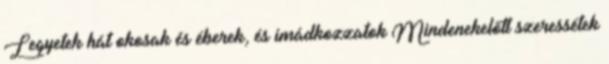
Legyetek hát okosak és éberek, és imádkozzatok Mindenekelőtt szeressétek